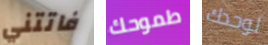
فاتتني طموحك لوحدك